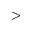
>